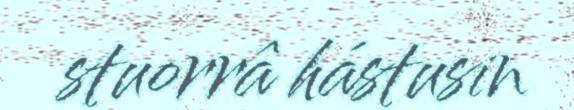
stuorrâ hástusin